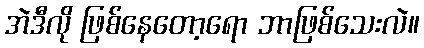
အဲဒီလို ဖြစ်နေတော့ရော ဘာဖြစ်သေးလဲ။